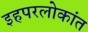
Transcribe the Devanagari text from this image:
इहपरलोकांत